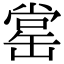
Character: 𦈹